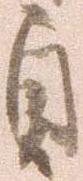
貞